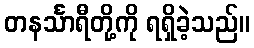
တနင်္သာရီတို့ကို ရရှိခဲ့သည်။